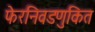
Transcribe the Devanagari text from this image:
फेरनिवडणुकित